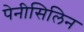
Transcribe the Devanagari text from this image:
पेनीसिलिन